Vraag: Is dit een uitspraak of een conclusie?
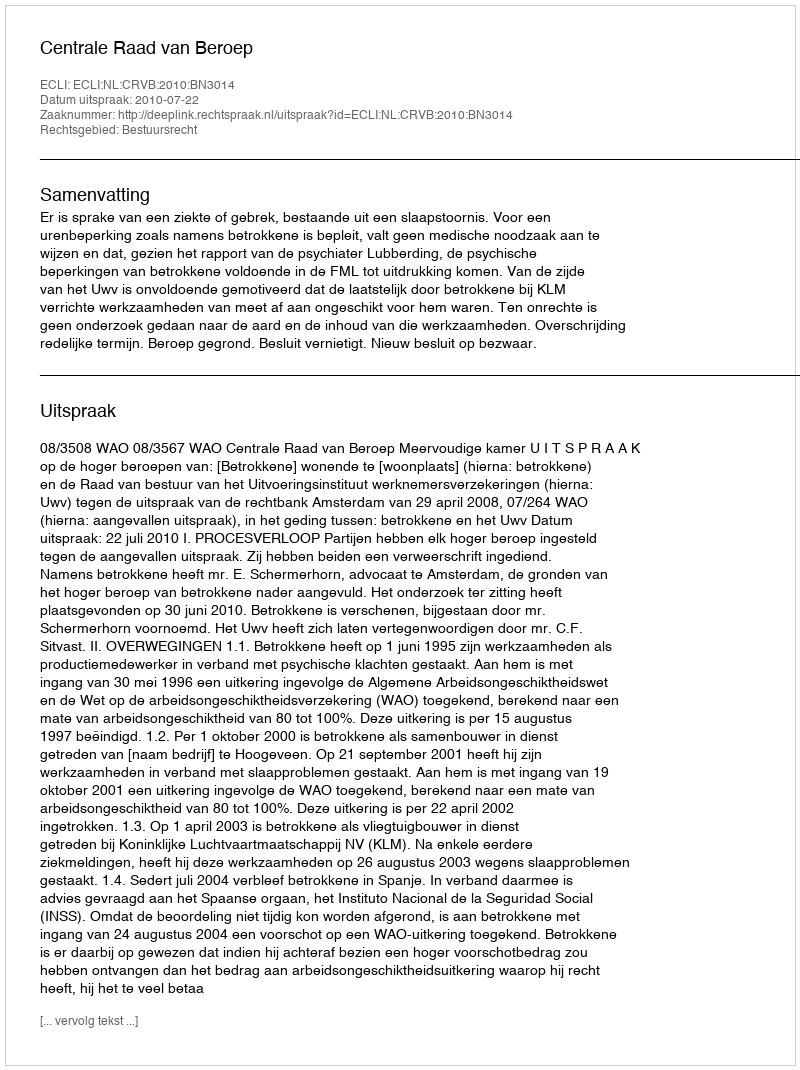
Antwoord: Uitspraak